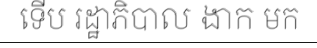
ទើប រដ្ឋាភិបាល ងាក មក